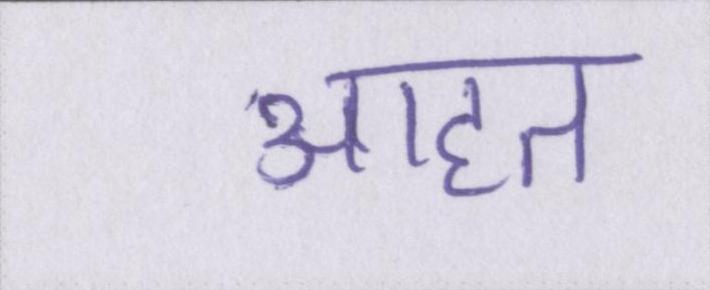
आहत